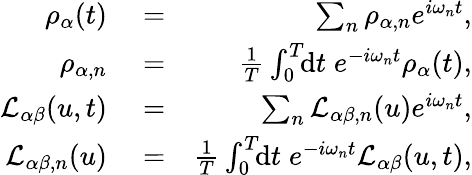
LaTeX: \begin{array}{rlr}{\rho_{\alpha}(t)}&{{}=}&{\sum_{n}\rho_{\alpha,n}e^{i\omega_{n}t},}\\ {\rho_{\alpha,n}}&{{}=}&{\frac{1}{T}\int_{0}^{T}\! \! \mathrm{d}t\; e^{-i\omega_{n}t}\rho_{\alpha}(t),}\\ {\mathcal{L}_{\alpha\beta}(u,t)}&{{}=}&{\sum_{n}\mathcal{L}_{\alpha\beta,n}(u)e^{i\omega_{n}t},}\\ {\mathcal{L}_{\alpha\beta,n}(u)}&{{}=}&{\frac{1}{T}\int_{0}^{T}\! \! \mathrm{d}t\; e^{-i\omega_{n}t}\mathcal{L}_{\alpha\beta}(u,t),}\end{array}